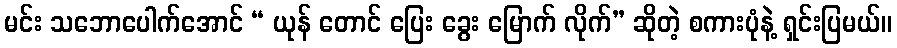
မင်း သဘောပေါက်အောင် “ ယုန် တောင် ပြေး ခွေး မြောက် လိုက်” ဆိုတဲ့ စကားပုံနဲ့ ရှင်းပြမယ်။